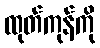
ထုတ်ကုန်ကို